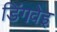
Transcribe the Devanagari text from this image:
डिंगवेइ